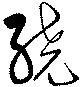
繞